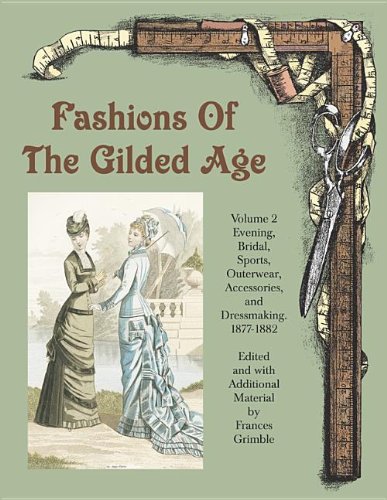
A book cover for Fashions of the Gilded Age, Volume 2: Evening, Bridal, Sports, Outerwear, Accessories, and Dressmaking 1877-1882; Humor & Entertainment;